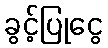
ခွင့်ပြုငွေ